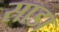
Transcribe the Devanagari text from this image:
साडा